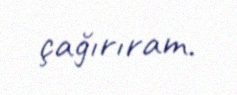
çağırıram.